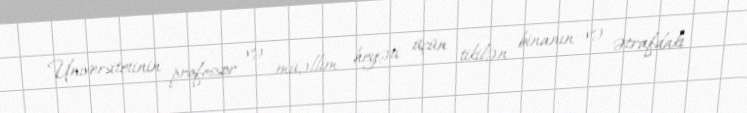
Universitetinin professor və müəllim heyəti üçün tikilən binanın və ətrafdakı